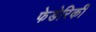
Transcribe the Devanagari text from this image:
फेडेरिकी